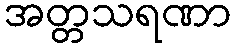
အတ္တသရဏာ